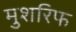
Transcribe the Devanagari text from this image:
मुशरिफ